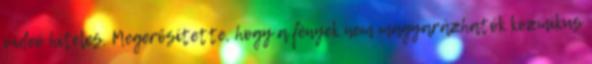
videó hiteles. Megerősítette, hogy a fények nem magyarázhatók kozmikus